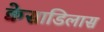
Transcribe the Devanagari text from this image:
क्वेसाडिलास